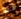
لو